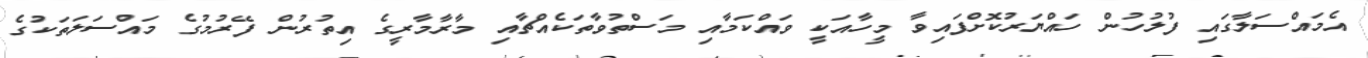
އެމައްސަލާގައި ފުލުހުން ހައްޔަރުކޮށްފައިވާ މީހާއަކީ ވައްކަމާއި މަސްތުވާތަކެއްޗާއި މާރާމާރީގެ އިތުރުން ފޭރުމުގެ މައްސަލަތަކުގެ